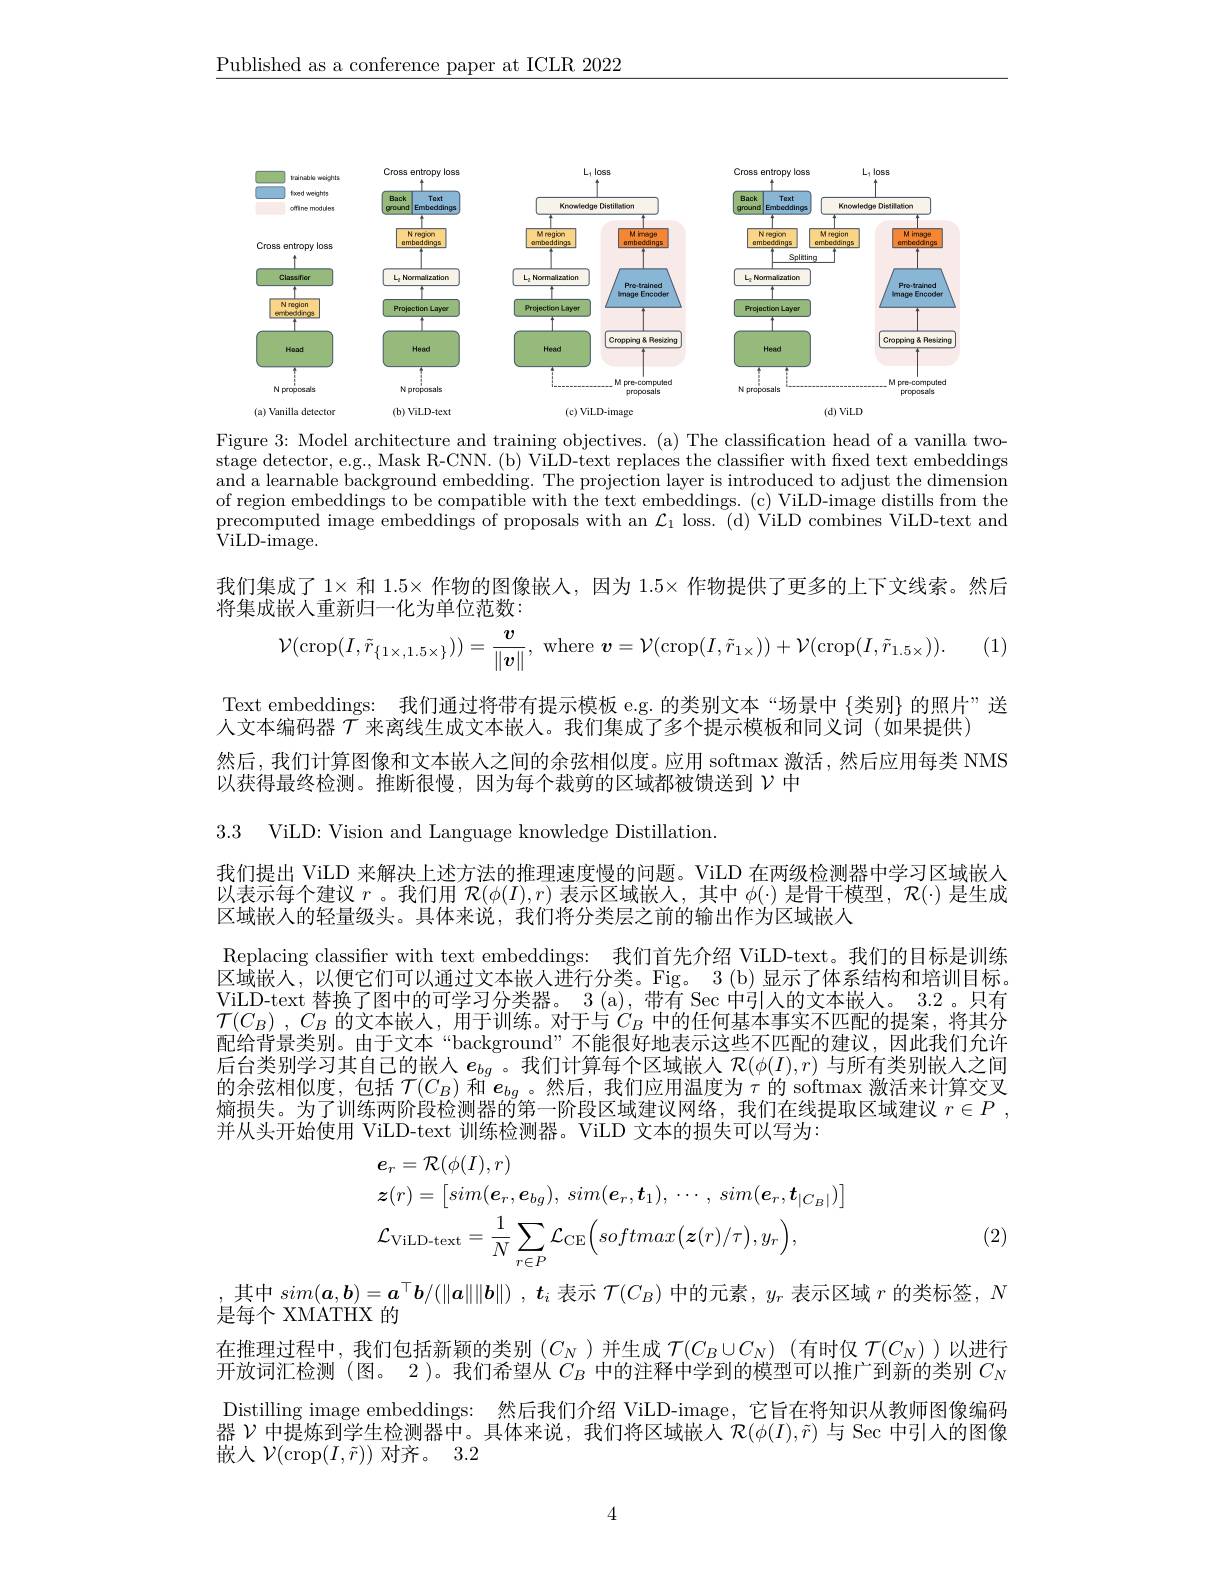
$\underline{\text{Published as a conference paper at ICLR 2022}}$

<FigureHere>
$)ViLD$
$(c)$ ViLD-image
(a) Vanilla detector
$(\mathbf{b})$ ViLD-text

Figure 3: Model architecture and training objectives. (a) The classification head of a vanilla twostage detector, e.g., Mask R-CNN. (b) ViLD-text replaces the classifier with fixed text embeddings and a learnable background embedding. The projection layer is introduced to adjust the dimension of region embeddings to be compatible with the text embeddings. (c) ViLD-image distills from the precomputed image embeddings of proposals with an $\mathcal{L} _1$ loss. ( d) ViLD combines ViLD- text and precomputed image embeddings of proposals with an $\mathcal{L} _1$ loss. ( d) ViLD combines ViLD- text and ${\mathrm{ViLD-image.}}^{\mathrm{Procompravod}}$

我们集成了$1\times$和$1.5\times$作物的图像嵌人，因为$1.5\times$作物提供了更多的上下文线索。然后

将集成嵌人重新归一化为单位范数：

(1)
$$\mathcal{V}(\mathrm{crop}(I,\tilde{r}_{\{1\times,1.5\times\}}))=\frac{v}{\|\boldsymbol{v}\|},\mathrm{~where~}\boldsymbol{v}=\mathcal{V}(\mathrm{crop}(I,\tilde{r}_{1\times}))+\mathcal{V}(\mathrm{crop}(I,\tilde{r}_{1.5\times})).$$
Text embeddings: 我们通过将带有提示模板 e.g. 的类别文本“场景中{类别} 的照片”送
人文本编码器$\mathcal{T}$来离线生成文本嵌人。我们集成了多个提示模板和同义词(如果提供)
然后，我们计算图像和文本嵌人之间的余弦相似度。应用 softmax 激活，然后应用每类 NMS
以获得最终检测。推断很慢，因为每个裁剪的区域都被馈送到$\nu$中

3.3 ViLD: Vision and Language knowledge Distillation.

我们提出 ViLD 来解决上述方法的推理速度慢的问题。ViLD 在两级检测器中学习区域嵌人以表示每个建议$r$。我们用$\mathcal{R}(\phi(I),r)$表示区域嵌入，其中$\phi(\cdot)$是骨干模型，$\mathcal{R}(\cdot)$是生成区域嵌入的轻量级头。具体来说，我们将分类层之前的输出作为区域嵌人
Replacing classifier with text embeddings: 我们首先介绍 ViLD-text。我们的目标是训练区域嵌人，以便它们可以通过文本嵌人进行分类。Fig。3(b)显示了体系结构和培训目标。ViLD-text 替换了图中的可学习分类器。3(a),带有 Sec 中引入的文本嵌人。3.2 。只有$\mathcal{T} ( C_B)$ , $C_B$的文本嵌人，用于训练。对于与$C_B$中的任何基本事实不匹配的提案，将其分配给背景类别。由于文本“background”不能很好地表示这些不匹配的建议，因此我们允许后台类别学习其自己的嵌人$e_{bg}$。我们计算每个区域嵌入$\mathcal{R}(\phi(I),r)$与所有类别嵌人之间的余弦相似度，包括$\mathcal{T}(C_B)$和$\boldsymbol{e}_{bg}$。然后，我们应用温度为$\tau$的 softmax 激活来计算交叉熵损失。为了训练两阶段检测器的第一阶段区域建议网络，我们在线提取区域建议$r\in P$ , 并从头开始使用 ViLD-text 训练检测器。ViLD 文本的损失可以写为：
$$\begin{aligned}&\boldsymbol{e}_{r}=\mathcal{R}(\phi(I),r)\\&\boldsymbol{z}(r)=\begin{bmatrix}sim(\boldsymbol{e}_r,\boldsymbol{e}_{bg}),\:sim(\boldsymbol{e}_r,\boldsymbol{t}_1),\:\cdots,\:sim(\boldsymbol{e}_r,\boldsymbol{t}_{|C_B|})\end{bmatrix}\\&\mathcal{L}_{\mathrm{ViLD-text}}=\frac{1}{N}\sum_{r\in P}\mathcal{L}_{\mathrm{CE}}\Big(softmax\big(\boldsymbol{z}(r)/\tau\big),y_{r}\Big),\end{aligned}$$
(2)

,其中$sim(\boldsymbol{a},\boldsymbol{b})=\boldsymbol{a}^\top\boldsymbol{b}/(\|\boldsymbol{a}\|\|\boldsymbol{b}\|)$ , $t_i$表示$\mathcal{T}(C_B)$中的元素 , $y_r$表示区域$r$的类标签，$N$
是每个 XMATHX 的
在推理过程中，我们包括新颖的类别$(C_N)$并生成$\mathcal{T}(C_B\cup C_N)$ (有时仅$\mathcal{T}(C_N))$以进行开放词汇检测(图。2 )。我们希望从$C_B$中的注释中学到的模型可以推广到新的类别$C_N$ Distilling image embeddings: 然后我们介绍 ViLD-image, 它旨在将知识从教师图像编码器$\bar{\mathcal{V}\text{中提炼到学生检测器中。具体来说，我们将区域嵌人 }\mathcal{R}}(\phi(I),\tilde{r})$与 Sec 中引入的图像嵌入$\mathcal{V}($crop$(I,\tilde{r}))$对齐。3.2

4